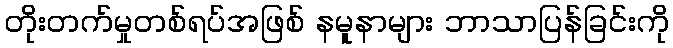
တိုးတက်မှုတစ်ရပ်အဖြစ် နမူနာများ ဘာသာပြန်ခြင်းကို